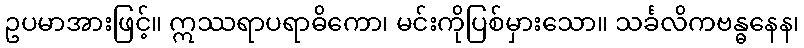
ဥပမာအားဖြင့်။ ဣဿရာပရာဓိကော၊ မင်းကိုပြစ်မှားသော။ သင်္ခလိကဗန္ဓနေန၊